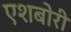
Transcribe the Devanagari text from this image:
एशबोरी